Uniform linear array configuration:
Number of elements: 4
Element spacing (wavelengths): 0.25
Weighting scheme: hamming
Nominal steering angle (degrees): -45
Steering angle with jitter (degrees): -46.71
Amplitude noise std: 0.05
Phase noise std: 0.05

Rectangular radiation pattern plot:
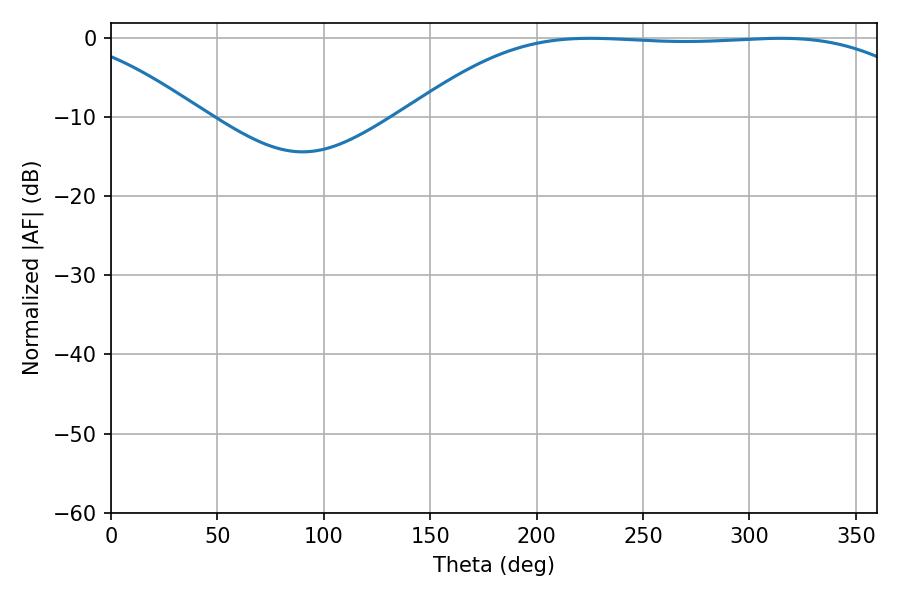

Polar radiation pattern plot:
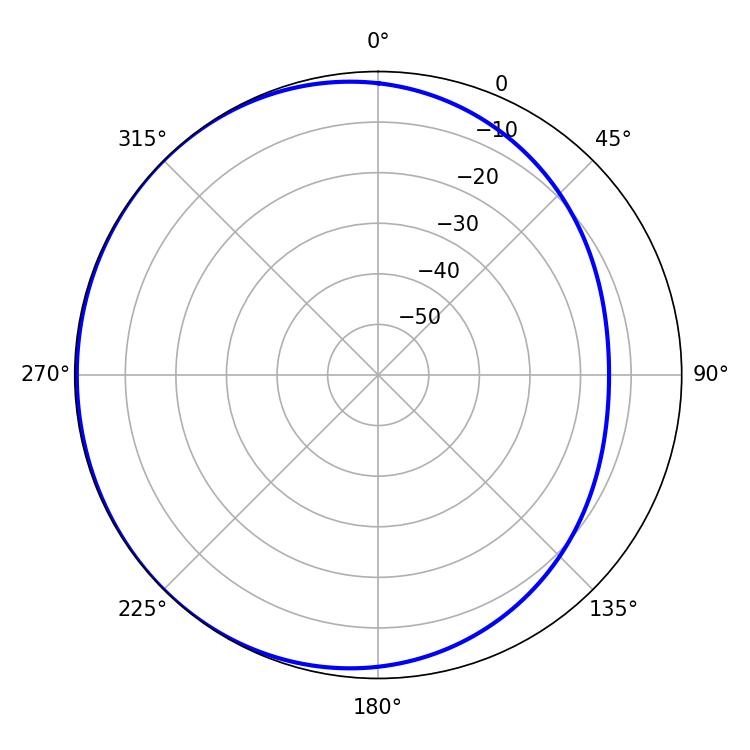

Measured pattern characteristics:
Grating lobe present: FALSE
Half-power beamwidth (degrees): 185.58
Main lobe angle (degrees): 225.18